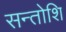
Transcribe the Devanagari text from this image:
सन्तोशि